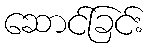
ဆောင်ခြင်း